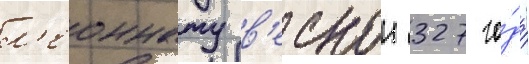
л'еоннату в'еснои 327 го́да